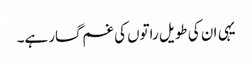
یہی ان کی طویل راتوں کی غم گسار ہے۔